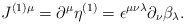
\begin{align*}J^{(1)\mu}= \partial^\mu \eta^{(1)} = \epsilon^{\mu \nu \lambda} \partial_\nu\beta_\lambda .\end{align*}